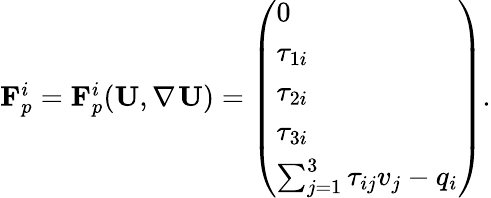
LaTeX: \begin{array}{r}{\mathbf{F}_{p}^{i}=\mathbf{F}_{p}^{i}(\mathbf{U},\nabla_{}\mathbf{U})=\left(\begin{array}{l}{0}\\ {\tau_{1i}}\\ {\tau_{2i}}\\ {\tau_{3i}}\\ {\sum_{j=1}^{3}\tau_{ij}v_{j}-q_{i}}\end{array}\right).}\end{array}